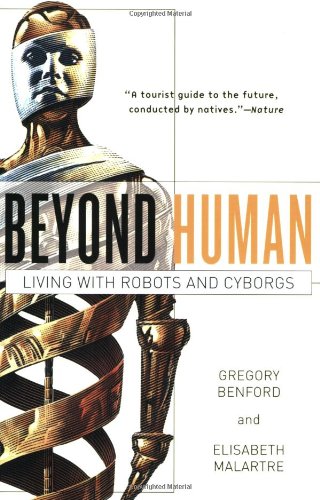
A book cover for Beyond Human: Living with Robots and Cyborgs; Gregory Benford; Computers & Technology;